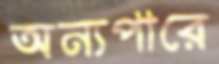
অন্যপারে